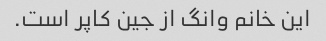
این خانم وانگ از جین کاپر است.